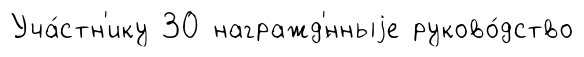
Уча́стн'ику 30 награжд'́нныjе руково́дство